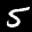
Label: 5